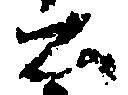
公